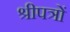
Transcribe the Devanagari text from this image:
श्रीपत्रों